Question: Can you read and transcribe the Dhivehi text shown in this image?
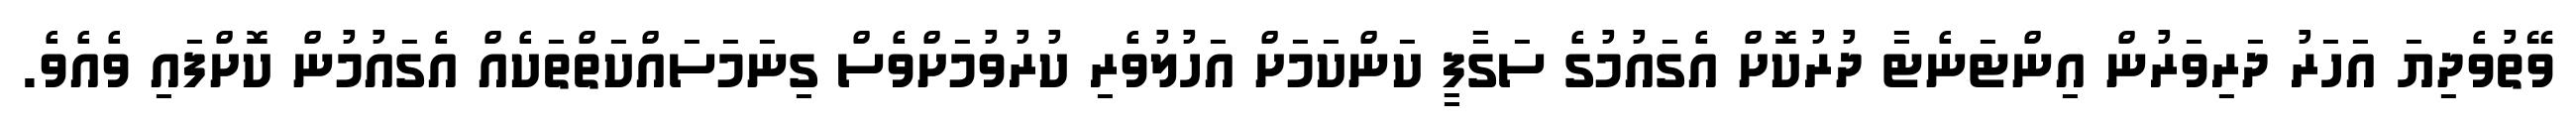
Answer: ވޭތުވެދިޔަ އަހަރު ދަރިވަރުން އިންޓަނެޓާ ދުރުކޮށް އެގައުމުގެ ސަގާފީ ކަންކަމަށް އަހުލުވެރި ކުރުވުމަށްވެސް ގިނަމަސައްކަތްތަކެއް އެގައުމުން ކޮށްފައި ވެއެވެ.